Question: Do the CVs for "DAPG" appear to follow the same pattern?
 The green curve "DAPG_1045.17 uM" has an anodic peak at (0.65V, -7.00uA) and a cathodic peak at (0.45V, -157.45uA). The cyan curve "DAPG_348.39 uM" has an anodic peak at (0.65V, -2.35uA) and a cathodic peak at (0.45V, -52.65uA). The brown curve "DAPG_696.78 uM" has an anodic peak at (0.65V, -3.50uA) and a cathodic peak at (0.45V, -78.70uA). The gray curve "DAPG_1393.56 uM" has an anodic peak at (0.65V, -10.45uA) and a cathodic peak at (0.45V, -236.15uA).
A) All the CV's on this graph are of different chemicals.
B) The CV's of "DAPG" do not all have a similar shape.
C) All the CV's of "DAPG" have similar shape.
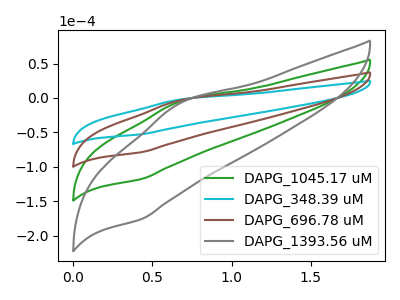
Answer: <think>All the peaks in "DAPG_1045.17 uM" have a peak in "DAPG_348.39 uM" at the same potential. All the peaks in "DAPG_1045.17 uM" have a peak in "DAPG_696.78 uM" at the same potential. All the peaks in "DAPG_1045.17 uM" have a peak in "DAPG_1393.56 uM" at the same potential. All the peaks in "DAPG_348.39 uM" have a peak in "DAPG_696.78 uM" at the same potential. All the peaks in "DAPG_348.39 uM" have a peak in "DAPG_1393.56 uM" at the same potential. All the peaks in "DAPG_696.78 uM" have a peak in "DAPG_1393.56 uM" at the same potential.
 </think>
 <answer>C) All the CV's of "DAPG" have similar shape.</answer>
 <eval>C</eval>